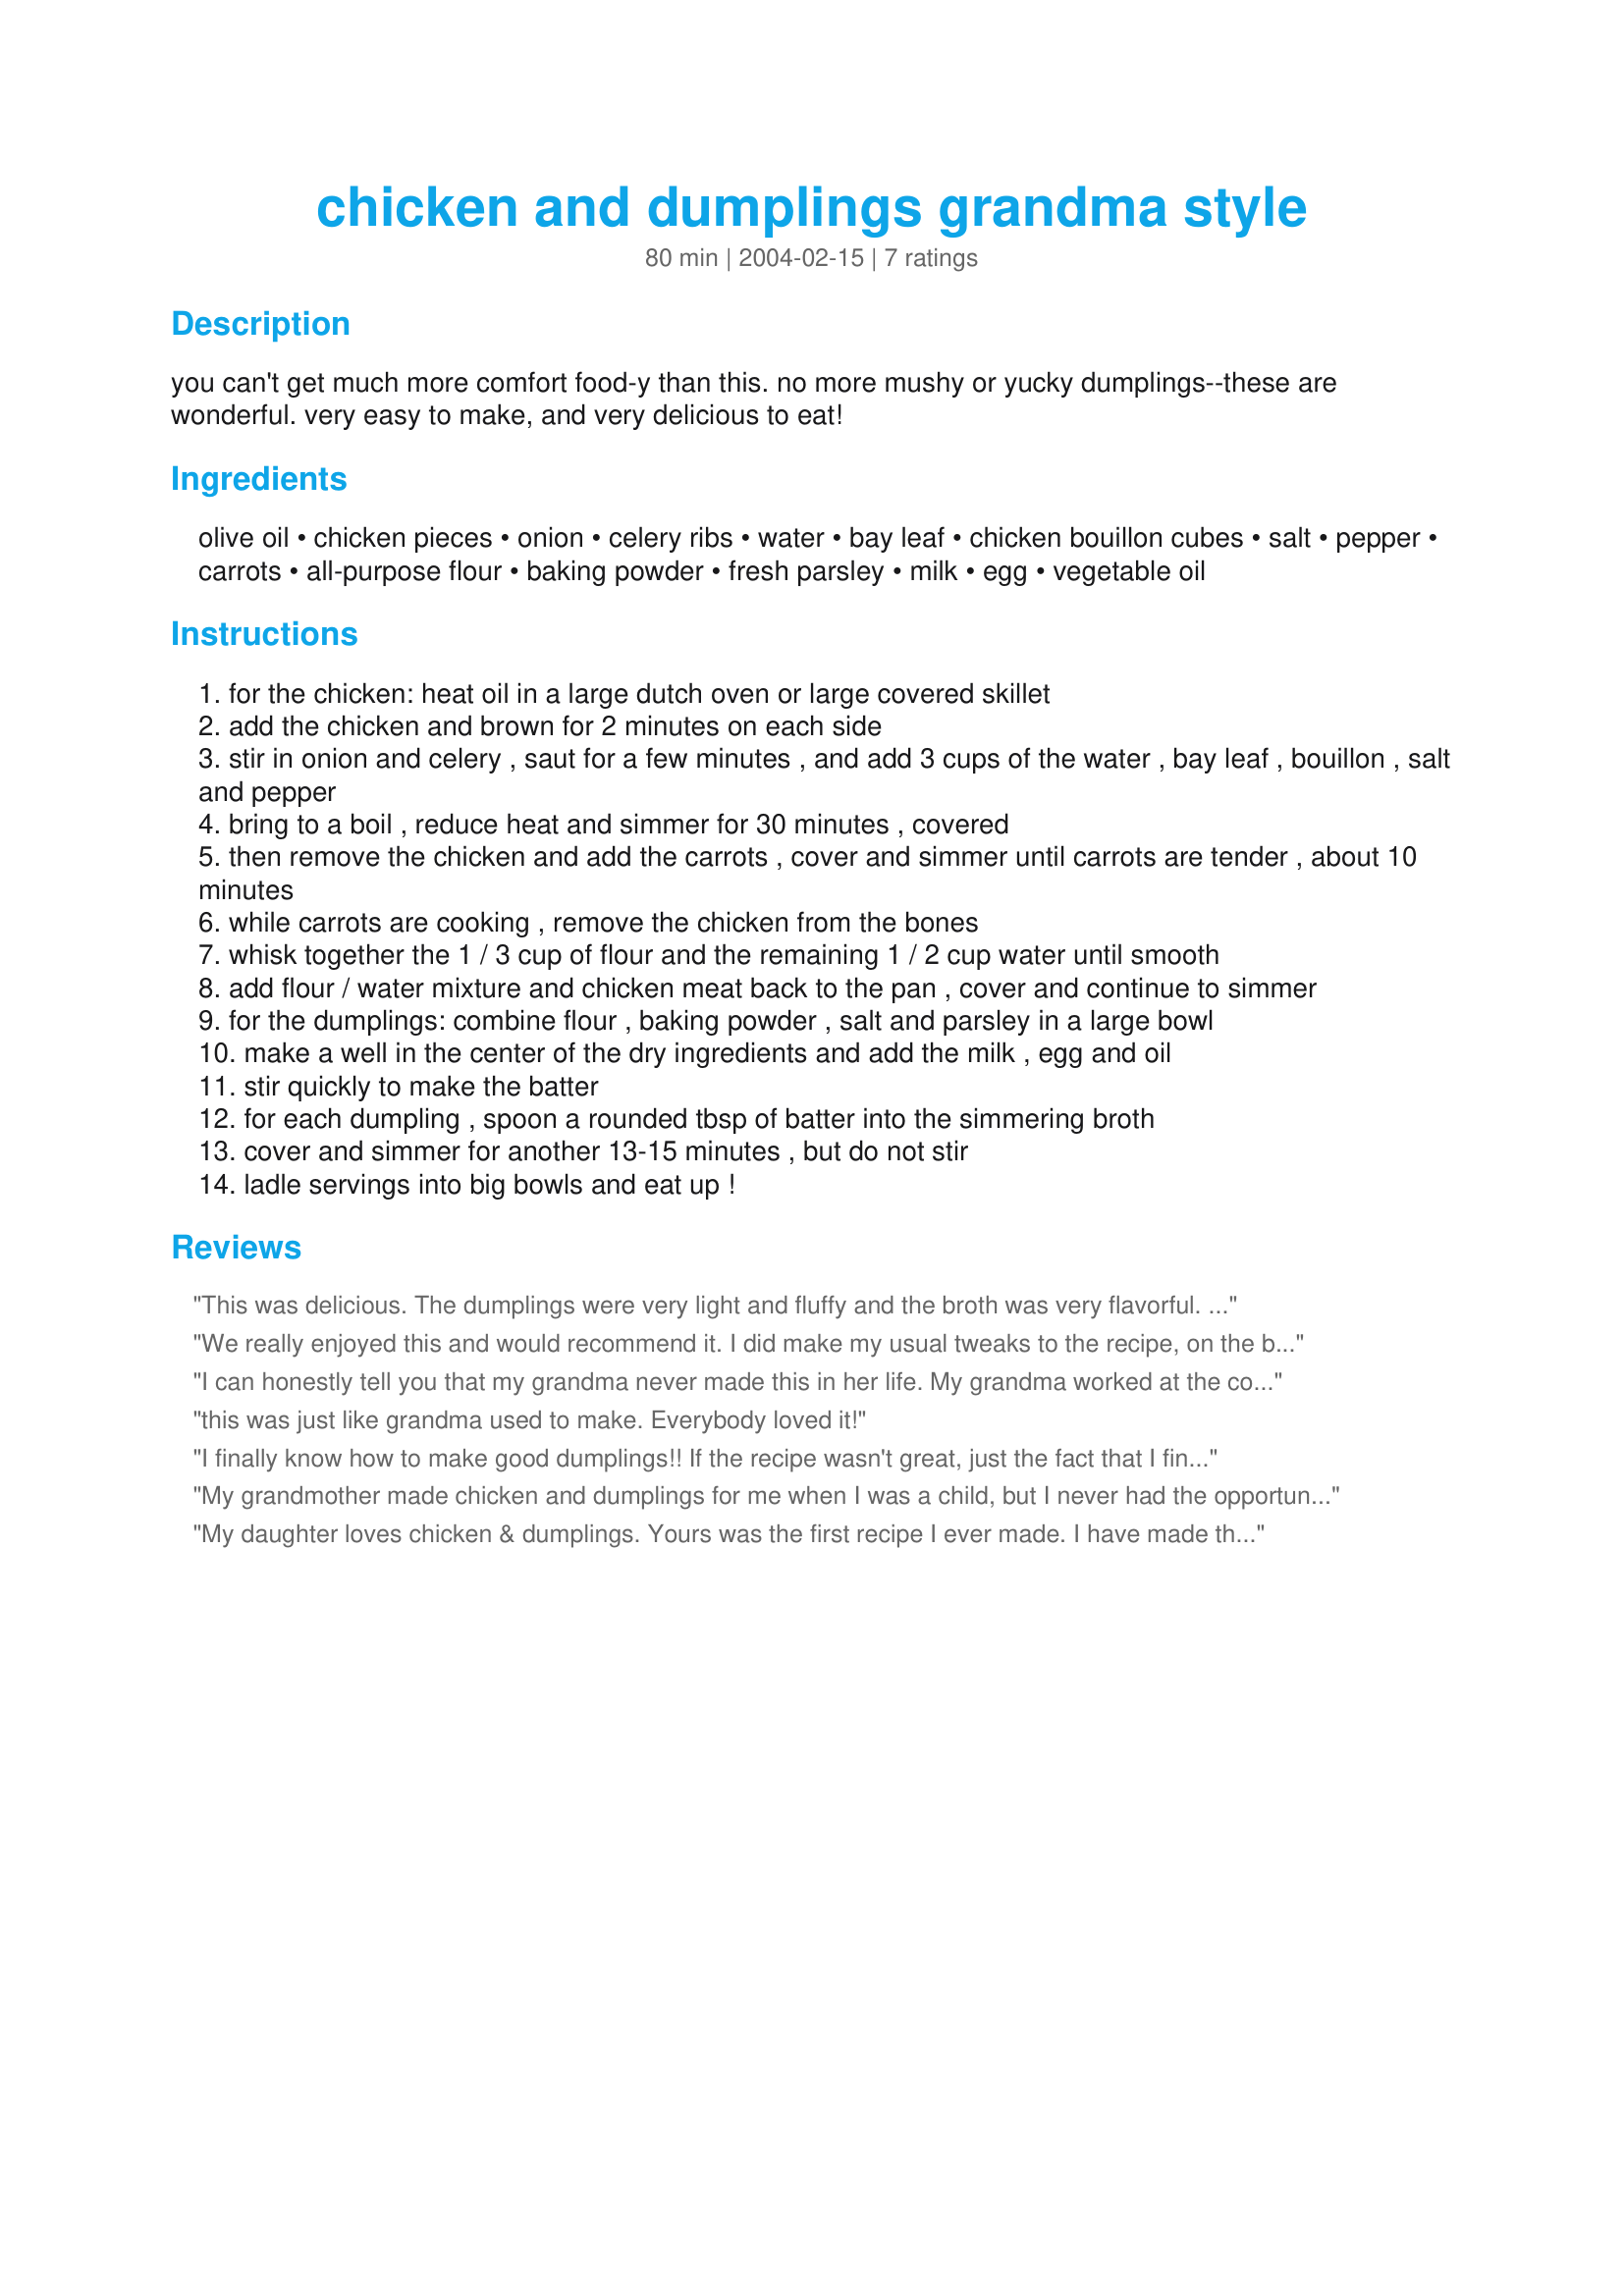
chicken and dumplings grandma style
Preparation time: 80 minutes

you can't get much more comfort food-y than this. no more mushy or yucky dumplings--these are wonderful. very easy to make, and very delicious to eat!

Ingredients:
olive oil, chicken pieces, onion, celery ribs, water, bay leaf, chicken bouillon cubes, salt, pepper, carrots, all-purpose flour, baking powder, fresh parsley, milk, egg, vegetable oil

Steps:
for the chicken: heat oil in a large dutch oven or large covered skillet
add the chicken and brown for 2 minutes on each side
stir in onion and celery , saut for a few minutes , and add 3 cups of the water , bay leaf , bouillon , salt and pepper
bring to a boil , reduce heat and simmer for 30 minutes , covered
then remove the chicken and add the carrots , cover and simmer until carrots are tender , about 10 minutes
while carrots are cooking , remove the chicken from the bones
whisk together the 1 / 3 cup of flour and the remaining 1 / 2 cup water until smooth
add flour / water mixture and chicken meat back to the pan , cover and continue to simmer
for the dumplings: combine flour , baking powder , salt and parsley in a large bowl
make a well in the center of the dry ingredients and add the milk , egg and oil
stir quickly to make the batter
for each dumpling , spoon a rounded tbsp of batter into the simmering broth
cover and simmer for another 13-15 minutes , but do not stir
ladle servings into big bowls and eat up !

Reviews:
This was delicious. The dumplings were very light and fluffy and the broth was very flavorful. 

Thanks ciao. 

Bullwinkle.
We really enjoyed this and would recommend it. I did make my usual tweaks to the recipe, on the basis of what was available at cooking time. Baby carrots were nice in this, along with several other veggies, including peas and corn, along with a bit of milk to make it to make it a little bit creamy. This recipe adapts very nicely to low sodium needs as well, by lowering or eliminating the salt, and using reduced or no sodium added broth or bouillon cubes/powder. I think next time I might just use some broth made from chicken bones roasted until dark and then simmered in water over a low flame. This method gives a very rich golden brown color to the broth. The dumplings were great and very simple to make, light and fluffy, not heavy and water logged, even if they made it into the broth during cooking and became totally submerged. One thing to keep in mind for the dumplings, a 1 Tablespoon size drop of dough will create a very large dumpling. For ease, speed and mess control, consider using a pastry bag with no tip or a ziploc baggy with the corner cut off, to quickly and evenly form the dumplings directly into the pan, using scissors or a knife to cut the sticky dough if it doesn't drop on it's own. Once you get the hang of forming dumplings this way, it is super quick and easy. Cut the cooking time back a bit if you are making smaller dumplings. Thank you Ciao for taking the time to give us this recipe :)
I can honestly tell you that my grandma never made this in her life. My grandma worked at the cosmetics counter at Saks Fifth Avenue in New York in the 60s and 70s and wouldn't know chicken and dumplings if she tripped over them on the sidewalk. Grandma stories aside, this has to be one of the most satisfying meals my girls and I have had in a long time. I made this for Friday night supper. I used soy milk in the dumplings to keep them non-dairy. I had some root veggies lying around and threw those into the chicken mix as well: parsnip, celery root and turnip. The only detraction was the chicken pieces, we're not big fans of bones. Next time I'll use chicken breasts and everyone will be happy. Leeann, thanks for a great recipe!
this was just like grandma used to make. Everybody loved it!
I finally know how to make good dumplings!! If the recipe wasn't great, just the fact that I finally made good dumplings would have been worth it. But the recipe WAS fabulous. Oh, so good comfort food. The whole family raved over this. And I doubled it, so I could freeze half. The only change was that I added peas, in addition to the carrots. Huge hit!! Thank you for sharing, this one is definitely a keeper!
My grandmother made chicken and dumplings for me when I was a child, but I never had the opportunity to get the recipe. However, this recipe is pretty much how I remember it...a real winner. When I have time I'll make my own chicken stock, and add heavy cream at the end.
My daughter loves chicken & dumplings. Yours was the first recipe I ever made. I have made this several times but have never gotten around to rating it. I will say not only does my daughter love it, but the whole family. Everyone loves the dumplings too. Sometimes I have to double that & cook more once the first layer of them is gone. Thanks for a great recipe!
